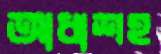
আধাশহ